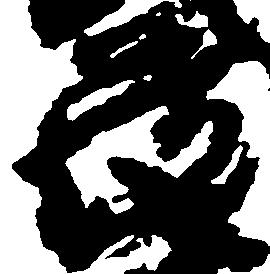
蔵